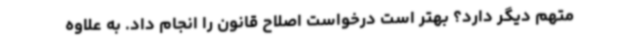
متهم دیگر دارد؟ بهتر است درخواست اصلاح قانون را انجام داد. به علاوه